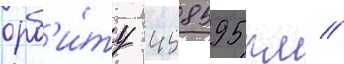
орб'и́ту 458595 км //